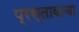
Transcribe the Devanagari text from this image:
प्रस्तावाचा